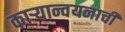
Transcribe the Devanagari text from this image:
काऱ्यान्वयनाची